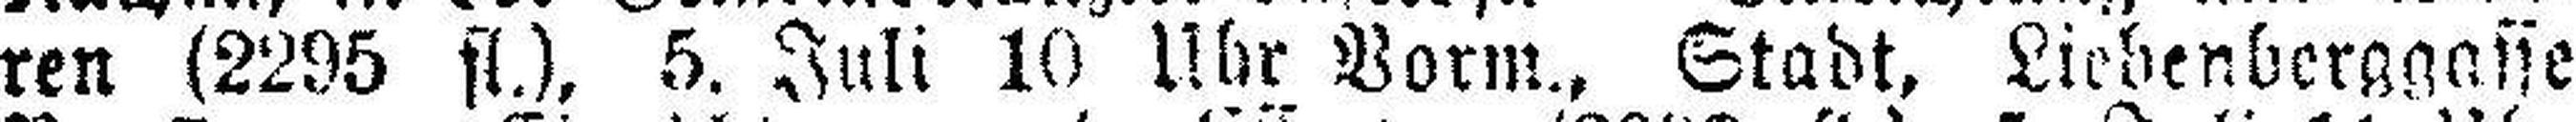
ren (2295 fl.), 5. Juli 10 Uhr Vorm., Stadt, Liebenberggasse